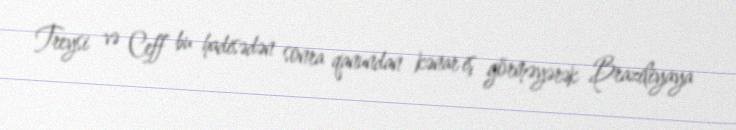
Treysi və Ceff bu hadisədən sonra qanundan kənar iş görməyərək Braziliyaya